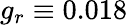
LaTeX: g_{r}\equiv 0.018